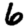
Digit: 6